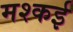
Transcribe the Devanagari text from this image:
मश्कई